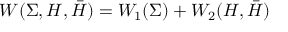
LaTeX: W ( \Sigma , H , \bar { H } ) = W _ { 1 } ( \Sigma ) + W _ { 2 } ( H , \bar { H } )